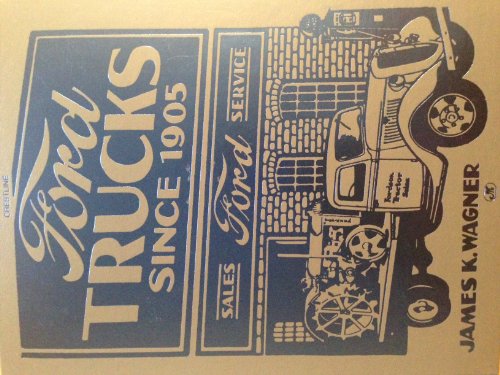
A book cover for Ford Trucks Since 1905 (Crestline Series); James K. Wagner; Engineering & Transportation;